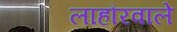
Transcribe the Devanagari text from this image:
लाहौरवाले